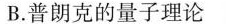
B.普朗克的量子理论